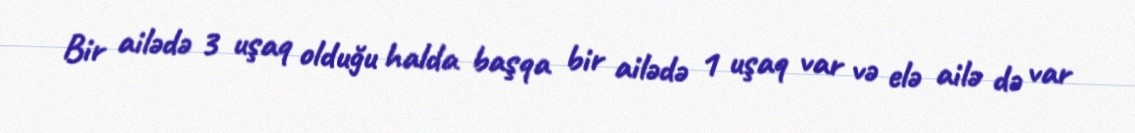
Bir ailədə 3 uşaq olduğu halda başqa bir ailədə 1 uşaq var və elə ailə də var